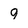
Character: 9